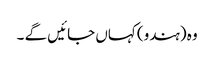
وہ (ہندو) کہاں جائیں گے ۔